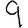
Digit: 9